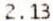
2.13